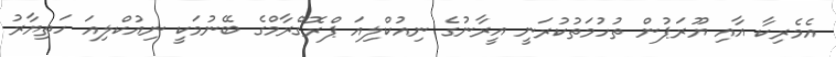
އެމެރިކާ އާއި ޔޫރަޕުން ތުހުމަތުކުރަނީ އީރާނުގެ ނިއުކްލިއަ ޕްރޮގްރާމްގެ ބޭނުމަކީ ނިއުކްލިއަ ހަތިޔާރު